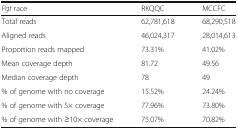
<table><thead><tr><td><b><i>Pgt</i> race</b></td><td><b>RKQQC</b></td><td><b>MCCFC</b></td></tr></thead><tbody><tr><td>Total reads</td><td>62,781,618</td><td>68,290,518</td></tr><tr><td>Aligned reads</td><td>46,024,317</td><td>28,014,613</td></tr><tr><td>Proportion reads mapped</td><td>73.31%</td><td>41.02%</td></tr><tr><td>Mean coverage depth</td><td>81.72</td><td>49.56</td></tr><tr><td>Median coverage depth</td><td>78</td><td>49</td></tr><tr><td>% of genome with no coverage</td><td>15.52%</td><td>24.24%</td></tr><tr><td>% of genome with 5× coverage</td><td>77.96%</td><td>73.80%</td></tr><tr><td>% of genome with ≥10× coverage</td><td>75.07%</td><td>70.82%</td></tr></tbody></table>